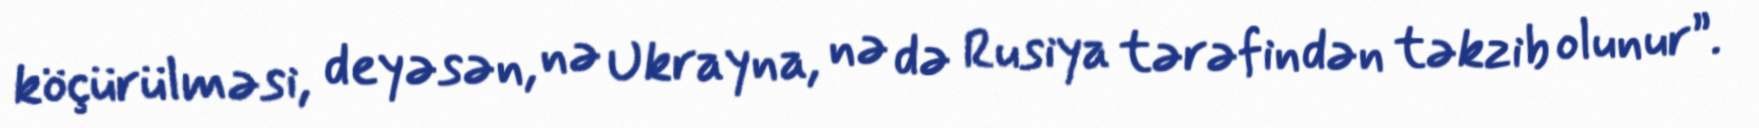
köçürülməsi, deyəsən, nə Ukrayna, nə də Rusiya tərəfindən təkzib olunur”.